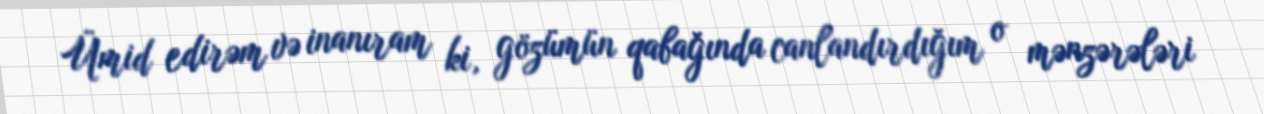
Ümid edirəm və inanıram ki, gözümün qabağında canlandırdığım o mənzərələri